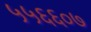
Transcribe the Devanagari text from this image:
५५६६०७